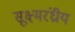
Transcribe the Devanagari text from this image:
सूक्ष्मरंध्रीय